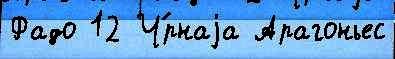
Фадо 12 Ч́рнаjа Арагоньес